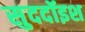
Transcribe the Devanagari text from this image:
सुददॉइश